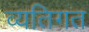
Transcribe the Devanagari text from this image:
व्यतिगत